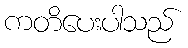
ကတိပေးပါသည်